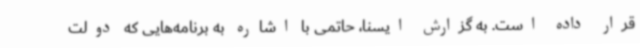
قرار داده است. به گزارش ایسنا، حاتمی با اشاره به برنامه‌هایی که دولت